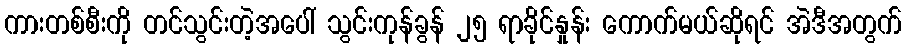
ကားတစ်စီးကို တင်သွင်းတဲ့အပေါ် သွင်းကုန်ခွန် ၂၅ ရာခိုင်နှုန်း ကောက်မယ်ဆိုရင် အဲဒီအတွက်